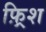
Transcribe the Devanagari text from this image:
फ़्रिश